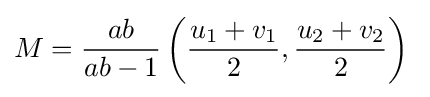
M={\frac {ab}{ab-1}}\left({\frac {u_{1}+v_{1}}{2}},{\frac {u_{2}+v_{2}}{2}}\right)\;